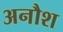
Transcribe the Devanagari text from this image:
अनौश